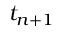
t _ { n + 1 }